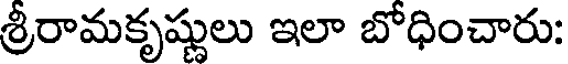
శ్రీరామకృష్ణులు ఇలా బోధించారు: